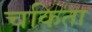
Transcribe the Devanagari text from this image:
चकिता